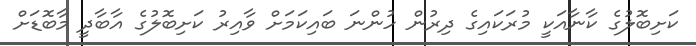
ކަށިބޮލުގެ ކާނާއަކީ މުރަކައިގެ ދިރުން ހުންނަ ބައިކަމަށް ވާއިރު ކަށިބޮލުގެ އާބާދީ މާބޮޑަށް